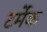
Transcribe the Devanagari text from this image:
टर्मेक